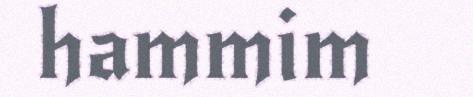
hammim